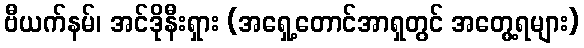
ဗီယက်နမ်၊ အင်ဒိုနီးရှား (အရှေ့တောင်အာရှတွင် အတွေ့ရများ)